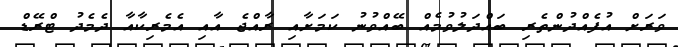
ވަރަށް އުފެއްދުންތެރި ބައްދަލުވުމެއް ބޭއްވުނު ކަމަށާއި ރާއްޖެ އާއި އެމެރިކާއާ ދެމެދު ޓްރޭޑް